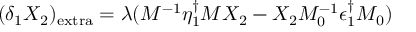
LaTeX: ( \delta _ { 1 } X _ { 2 } ) _ { \mathrm { e x t r a } } = \lambda ( M ^ { - 1 } \eta _ { 1 } ^ { \dagger } M X _ { 2 } - X _ { 2 } M _ { 0 } ^ { - 1 } \epsilon _ { 1 } ^ { \dagger } M _ { 0 } )